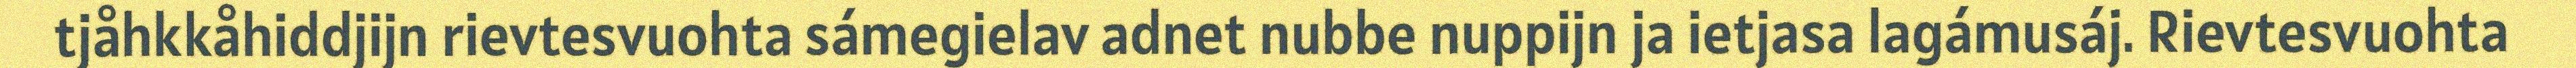
tjåhkkåhiddjijn rievtesvuohta sámegielav adnet nubbe nuppijn ja ietjasa lagámusáj. Rievtesvuohta